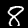
Digit: 8